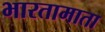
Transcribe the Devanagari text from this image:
भारतामाता